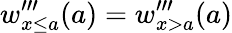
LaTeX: w_{x\leq a}^{\prime\prime\prime}(a)=w_{x>a}^{\prime\prime\prime}(a)